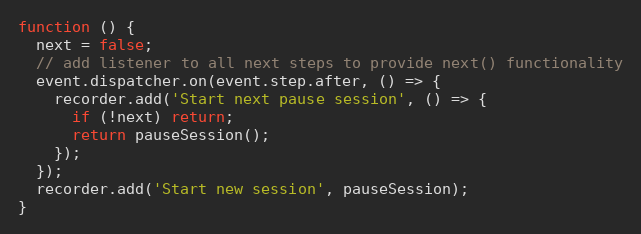
Language: JavaScript
function () {
  next = false;
  // add listener to all next steps to provide next() functionality
  event.dispatcher.on(event.step.after, () => {
    recorder.add('Start next pause session', () => {
      if (!next) return;
      return pauseSession();
    });
  });
  recorder.add('Start new session', pauseSession);
}